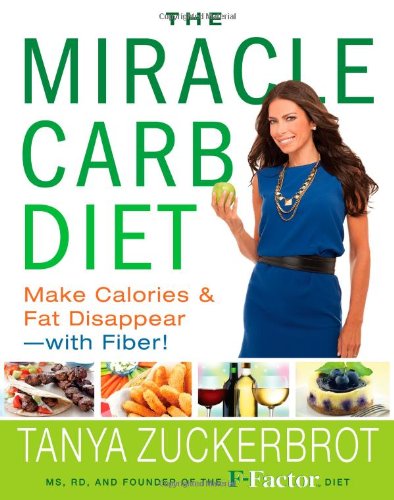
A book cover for The Miracle Carb Diet: Make Calories and Fat Disappear--with Fiber!; Tanya Zuckerbrot; Health, Fitness & Dieting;